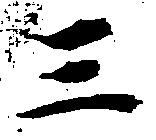
三